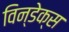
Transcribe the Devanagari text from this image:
विन्डेक्स